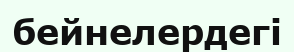
бейнелердегі